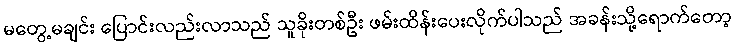
မတွေ့မချင်း ပြောင်းလည်းလာသည် သူခိုးတစ်ဦး ဖမ်းထိန်းပေးလိုက်ပါသည် အခန်းသို့ရောက်တော့